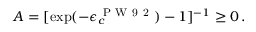
A = [ \exp ( - \epsilon _ { c } ^ { \mathrm { ~ P ~ W ~ 9 ~ 2 ~ } } ) - 1 ] ^ { - 1 } \geq 0 \, .